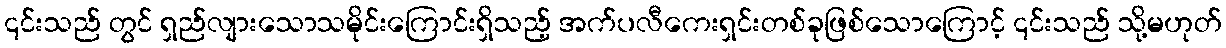
၎င်းသည် တွင် ရှည်လျားသောသမိုင်းကြောင်းရှိသည့် အက်ပလီကေးရှင်းတစ်ခုဖြစ်သောကြောင့် ၎င်းသည် သို့မဟုတ်